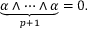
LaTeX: \ { \underset { p + 1 } { \underbrace { \alpha \wedge \cdots \wedge \alpha } } } = 0 .